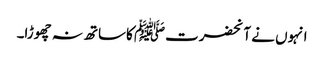
انہوں نے آنحضرتﷺ کاساتھ نہ چھوڑا۔